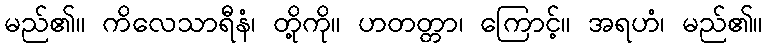
မည်၏။ ကိလေသာရီနံ၊ တို့ကို။ ဟတတ္တာ၊ ကြောင့်။ အရဟံ၊ မည်၏။